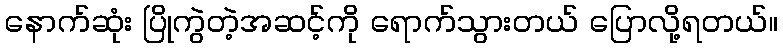
နောက်ဆုံး ပြိုကွဲတဲ့အဆင့်ကို ရောက်သွားတယ် ပြောလို့ရတယ်။